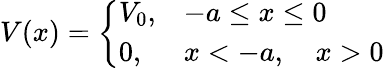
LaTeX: V(x)=\left\{ \begin{array}{ll}{{V_{0},}}&{{-a\le x\le 0}}\\ {{0,}}&{{x<-a,\quad x>0}}\end{array}\right.